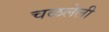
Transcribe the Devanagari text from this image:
चळलेली